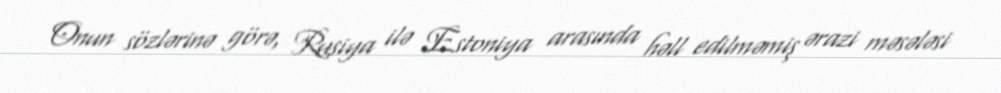
Onun sözlərinə görə, Rusiya ilə Estoniya arasında həll edilməmiş ərazi məsələsi